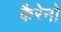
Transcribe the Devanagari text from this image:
कैरेनो